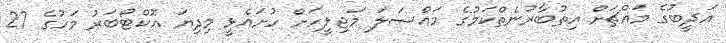
އަދީބުގެ މައްޗަށް އިތުބާރުނެތްކަމުގެ މައްސަލަ މަޖިލީހަށް ހުށައެޅީ މިދިޔަ އޮކްޓޯބަރު މަހުގެ 27